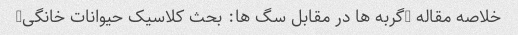
خلاصه مقاله "گربه ها در مقابل سگ ها: بحث کلاسیک حیوانات خانگی"